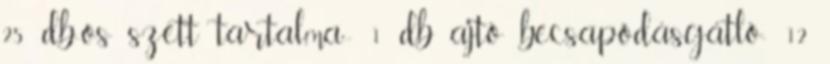
25 db-os szett tartalma:- 1 db ajtó becsapódásgátló- 12